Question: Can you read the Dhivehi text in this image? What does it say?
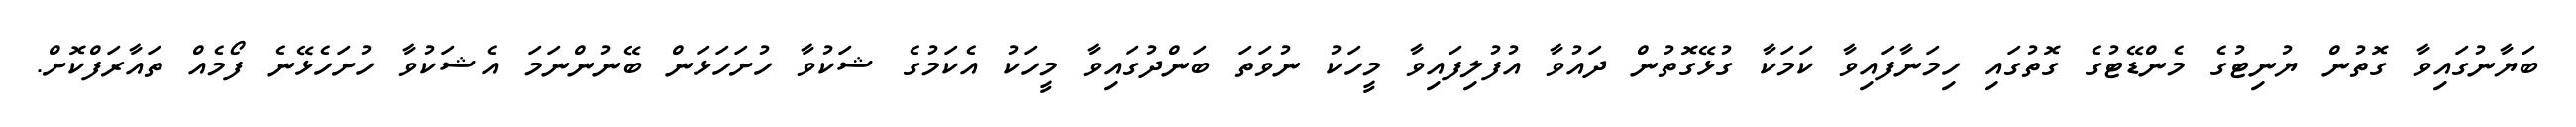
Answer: ބަޔާނުގައިވާ ގޮތުން ޔުނިޓުގެ މެންޑޭޓުގެ ގޮތުގައި ހިމަނާފައިވާ ކަމަކާ ގުޅޭގޮތުން ދައުވާ އުފުލިފައިވާ މީހަކު ނުވަތަ ބަންދުގައިވާ މީހަކު އެކަމުގެ ޝަކުވާ ހުށަހަޅަން ބޭނުންނަމަ އެޝަކުވާ ހުށަހެޅޭނެ ފޯމެއް ތައާރަފްކޮށް.